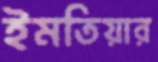
ইমতিয়ার